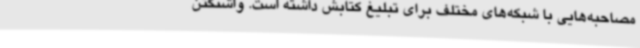
مصاحبه‌هایی با شبکه‌های مختلف برای تبلیغ کتابش داشته است. واشنگتن